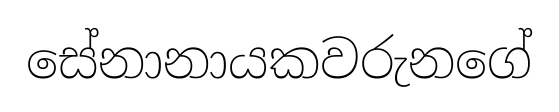
සේනානායකවරුනගේ